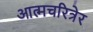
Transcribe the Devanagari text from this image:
आत्मचरित्रेर